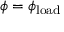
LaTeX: \phi = \phi _ { \mathrm { l o a d } }